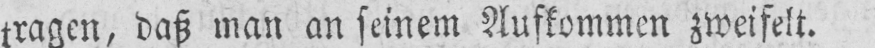
tragen, daß man an seinem Auskommen zweifelt.